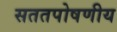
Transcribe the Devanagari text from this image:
सततपोषणीय